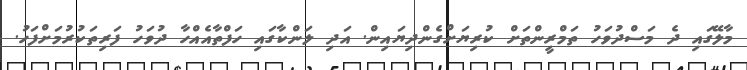
މާލޭގައި ދެ މަސްދުވަހު ތަމްރީންތަށް ކުރިޔަށްގެންދިޔައިން. އަދި ލަންކާގައި ހަފްތާއެއްހާ ދުވަހު ފަރިތަކުރުމަށްފަހު.